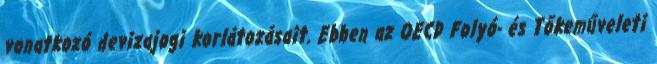
vonatkozó devizajogi korlátozásait. Ebben az OECD Folyó- és Tőkeműveleti